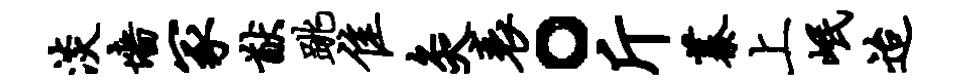
淡墙冢猷跳隹灸衰。斤蓁上岷迨